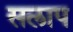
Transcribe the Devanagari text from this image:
सलाप